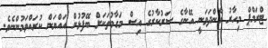
ޓްރަމްޕް މިހާރު ގެންދަވަނީ އޭނާގެ ސަރުކާރުގެ އިސް މަގާމުތަކަށް ބޭފުޅުން އައްޔަން ކުރައްވަމުންނެވެ.